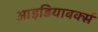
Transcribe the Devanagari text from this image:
आइडियावर्क्स